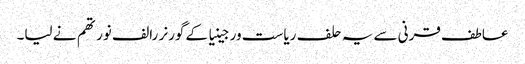
عاطف قرنی سے یہ حلف ریاست ورجینیا کے گورنر رالف نورتھم نے لیا۔